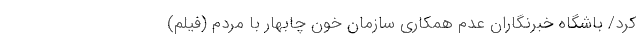
کرد/ باشگاه خبرنگاران عدم همکاری سازمان خون چابهار با مردم (فیلم)